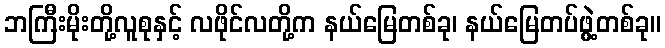
ဘကြီးမိုးတို့လူစုနှင့် လဖိုင်လတို့က နယ်မြေတစ်ခု၊ နယ်မြေတပ်ဖွဲ့တစ်ခု။